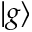
\vert g \rangle